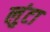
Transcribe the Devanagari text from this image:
लुंटा